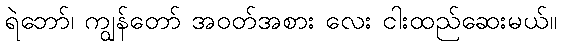
ရဲဘော်၊ ကျွန်တော် အဝတ်အစား လေး ငါးထည်ဆေးမယ်။